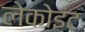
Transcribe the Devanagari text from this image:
लेकोइंट